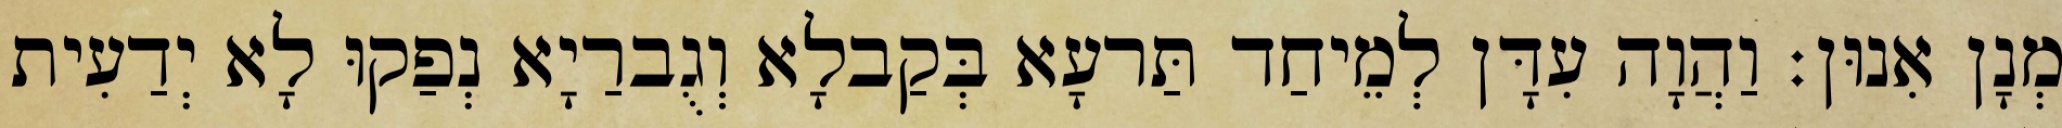
מְנָן אִנוּן׃ וַהֲוָה עִדָּן לְמֵיחַד תַּרעָא בְּקַבלָא וְגֻברַיָא נְפַקוּ לָא יְדַעִית